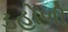
ડહોળી